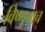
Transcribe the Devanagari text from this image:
विष्णूचाच